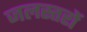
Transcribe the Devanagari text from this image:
जलस्तरों